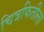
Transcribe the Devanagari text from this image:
चित्रफितीला